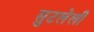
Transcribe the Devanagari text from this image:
सुटलेली